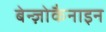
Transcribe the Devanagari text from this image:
बेन्ज़ोकैनाइन